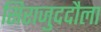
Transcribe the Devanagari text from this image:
सिराजुददौला